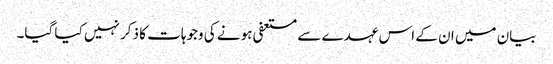
بیان میں ان کے اس عہدے سے مستعفی ہونے کی وجوہات کا ذکر نہیں کیا گیا۔